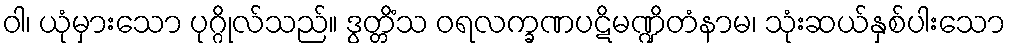
ဝါ၊ ယုံမှားသော ပုဂ္ဂိုလ်သည်။ ဒွတ္တိံသ ဝရလက္ခဏပဋိမဏ္ဍိတံနာမ၊ သုံးဆယ်နှစ်ပါးသော